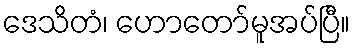
ဒေသိတံ၊ ဟောတော်မူအပ်ပြီ။